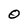
Character: O